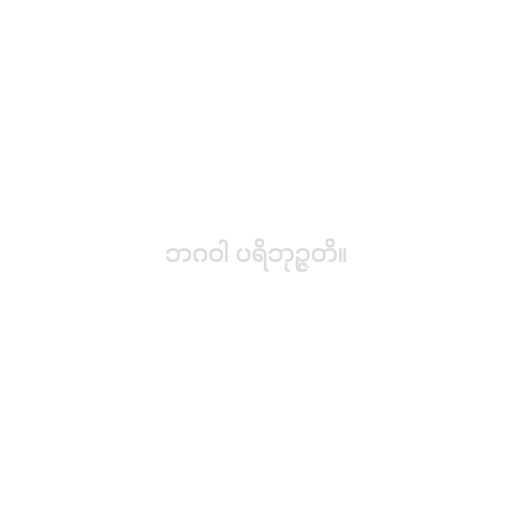
ဘဂဝါ ပရိဘုဉ္ဇတိ။